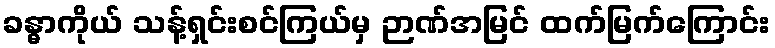
ခန္ဓာကိုယ် သန့်ရှင်းစင်ကြယ်မှ ဉာဏ်အမြင် ထက်မြက်ကြောင်း